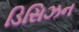
ડિસિઝન